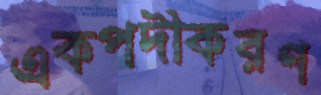
একপদীকরণ